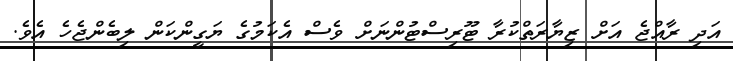
އަދި ރާއްޖެ އަށް ޒިޔާރަތްކުރާ ޓޫރިސްޓުންނަށް ވެސް އެކަމުގެ ޔަގީންކަން ލިބެންޖެހެ އެވެ.